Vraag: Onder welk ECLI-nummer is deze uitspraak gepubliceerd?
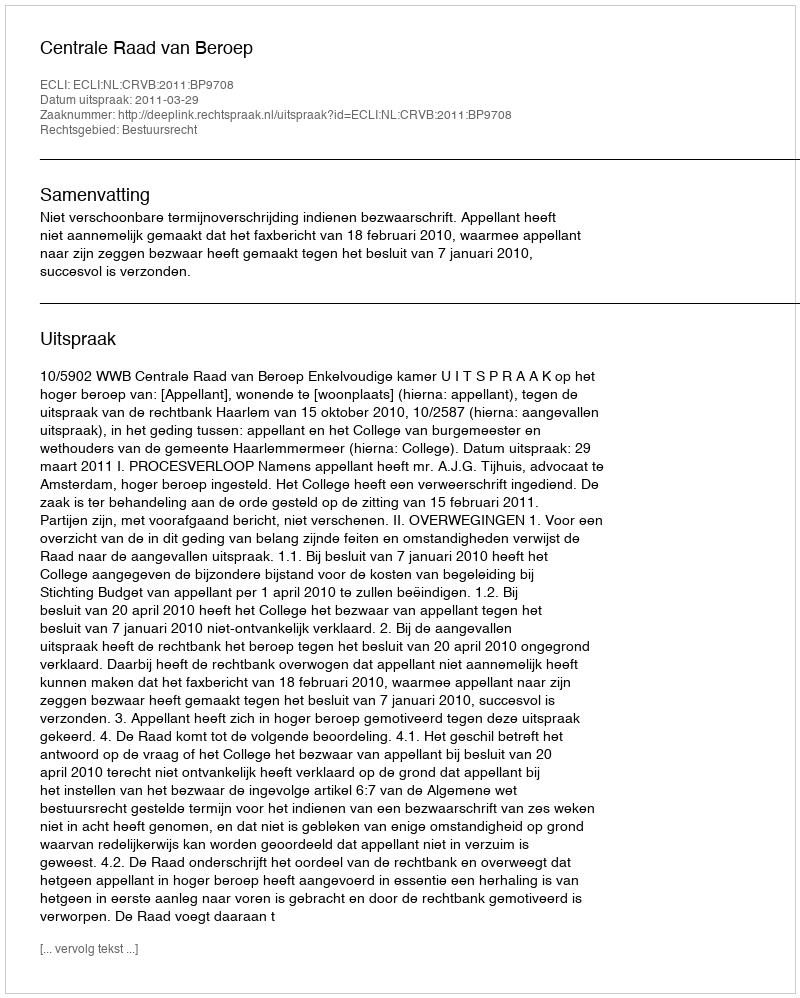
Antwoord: ECLI:NL:CRVB:2011:BP9708